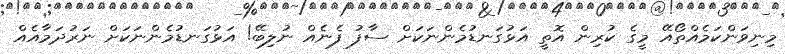
މިނިވަންކަމެއްތޯއޭ މީގެ ކުރިން އޮތީ އަޅުގަނޑުމެންނަކަށް ސާފު ފެނެއް ނުލިބޭ! އަޅުގަނޑުމެންނަކަށް ނަރުދަމާއެއް